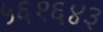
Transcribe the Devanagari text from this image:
५६१६४३